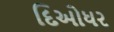
દિઓધર